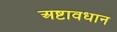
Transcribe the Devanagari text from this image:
अष्टावधान